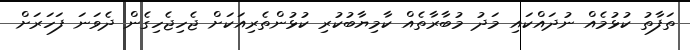
ތަފާތު ކުޅުމެއް ނުދައްކައި މަދު މުބާރާތެއް ކާމިޔާބުކުރި ކުޅުންތެރިއަކަށް ޖެހިޖެހިގެން ދެވަނަ ފަހަރަށް